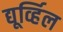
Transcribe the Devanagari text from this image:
द्यूर्व्हिल